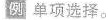
例 单项选择。